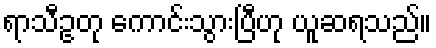
ရာသီဥတု ကောင်းသွားပြီဟု ယူဆရသည်။